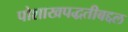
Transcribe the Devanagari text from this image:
पोशाखपद्धतीबद्दल